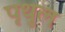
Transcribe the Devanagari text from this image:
पृथुल